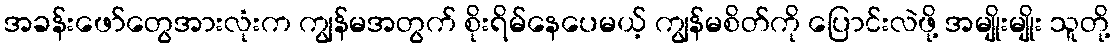
အခန်းဖော်တွေအားလုံးက ကျွန်မအတွက် စိုးရိမ်နေပေမယ့် ကျွန်မစိတ်ကို ပြောင်းလဲဖို့ အမျိုးမျိုး သူတို့